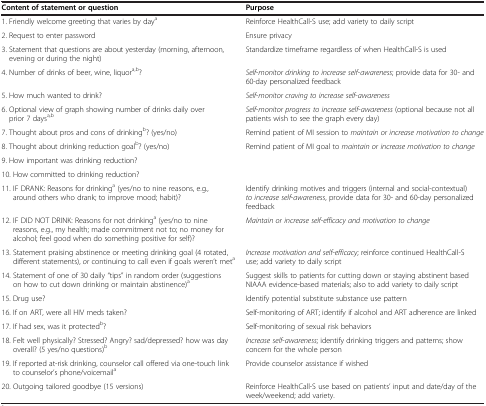
<table><thead><tr><td><b>Content of statement or question</b></td><td><b>Purpose</b></td></tr></thead><tbody><tr><td>1. Friendly welcome greeting that varies by day<sup>a</sup></td><td>Reinforce HealthCall-S use; add variety to daily script</td></tr><tr><td>2. Request to enter password</td><td>Ensure privacy</td></tr><tr><td>3. Statement that questions are about yesterday (morning, afternoon, evening or during the night)</td><td>Standardize timeframe regardless of when HealthCall-S is used</td></tr><tr><td>4. Number of drinks of beer, wine, liquor<sup>a,b</sup>?</td><td><i>Self</i>-<i>monitor drinking to increase self</i>-<i>awareness</i>; provide data for 30- and 60-day personalized feedback</td></tr><tr><td>5. How much wanted to drink?</td><td><i>Self</i>-<i>monitor craving to increase self</i>-<i>awareness</i></td></tr><tr><td>6. Optional view of graph showing number of drinks daily over prior 7 days<sup>a,b</sup></td><td><i>Self</i>-<i>monitor progress to increase self</i>-<i>awareness</i> (optional because not all patients wish to see the graph every day)</td></tr><tr><td>7. Thought about pros and cons of drinking<sup>b</sup>? (yes/no)</td><td>Remind patient of MI session to <i>maintain or increase motivation to change</i></td></tr><tr><td>8. Thought about drinking reduction goal<sup>b</sup>? (yes/no)</td><td>Remind patient of MI goal to <i>maintain or increase motivation to change</i></td></tr><tr><td>9. How important was drinking reduction?</td><td> </td></tr><tr><td>10. How committed to drinking reduction?</td><td> </td></tr><tr><td>11. IF DRANK: Reasons for drinking<sup>a</sup> (yes/no to nine reasons, e.g., around others who drank; to improve mood; habit)?</td><td>Identify drinking motives and triggers (internal and social-contextual) <i>to increase self</i>-<i>awareness</i>, provide data for 30- and 60-day personalized feedback</td></tr><tr><td>12. IF DID NOT DRINK: Reasons for not drinking<sup>a</sup> (yes/no to nine reasons, e.g., my health; made commitment not to; no money for alcohol; feel good when do something positive for self)?</td><td><i>Maintain or increase self</i>-<i>efficacy and motivation to change</i></td></tr><tr><td>13. Statement praising abstinence or meeting drinking goal (4 rotated, different statements), <i>or</i> continuing to call even if goals weren’t met<sup>a</sup></td><td><i>Increase motivation and self</i>-<i>efficacy</i>; reinforce continued HealthCall-S use; add variety to daily script</td></tr><tr><td>14. Statement of one of 30 daily “tips” in random order (suggestions on how to cut down drinking or maintain abstinence)<sup>a</sup></td><td>Suggest skills to patients for cutting down or staying abstinent based NIAAA evidence-based materials; also to add variety to daily script</td></tr><tr><td>15. Drug use?</td><td>Identify potential substitute substance use pattern</td></tr><tr><td>16. If on ART, were all HIV meds taken?</td><td>Self-monitoring of ART; identify if alcohol and ART adherence are linked</td></tr><tr><td>17. If had sex, was it protected<sup>b</sup>?</td><td>Self-monitoring of sexual risk behaviors</td></tr><tr><td>18. Felt well physically? Stressed? Angry? sad/depressed? how was day overall? (5 yes/no questions)<sup>b</sup></td><td><i>Increase self</i>-<i>awareness</i>; identify drinking triggers and patterns; show concern for the whole person</td></tr><tr><td>19. If reported at-risk drinking, counselor call offered via one-touch link to counselor’s phone/voicemail<sup>a</sup></td><td>Provide counselor assistance if wished</td></tr><tr><td>20. Outgoing tailored goodbye (15 versions)</td><td>Reinforce HealthCall-S use based on patients’ input and date/day of the week/weekend; add variety.</td></tr></tbody></table>